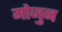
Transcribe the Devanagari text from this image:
मोजुन